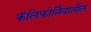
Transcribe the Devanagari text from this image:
कॅलिफाेर्नियातील